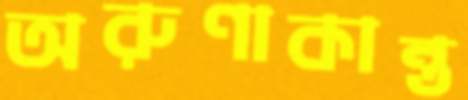
অরুণাকান্ত